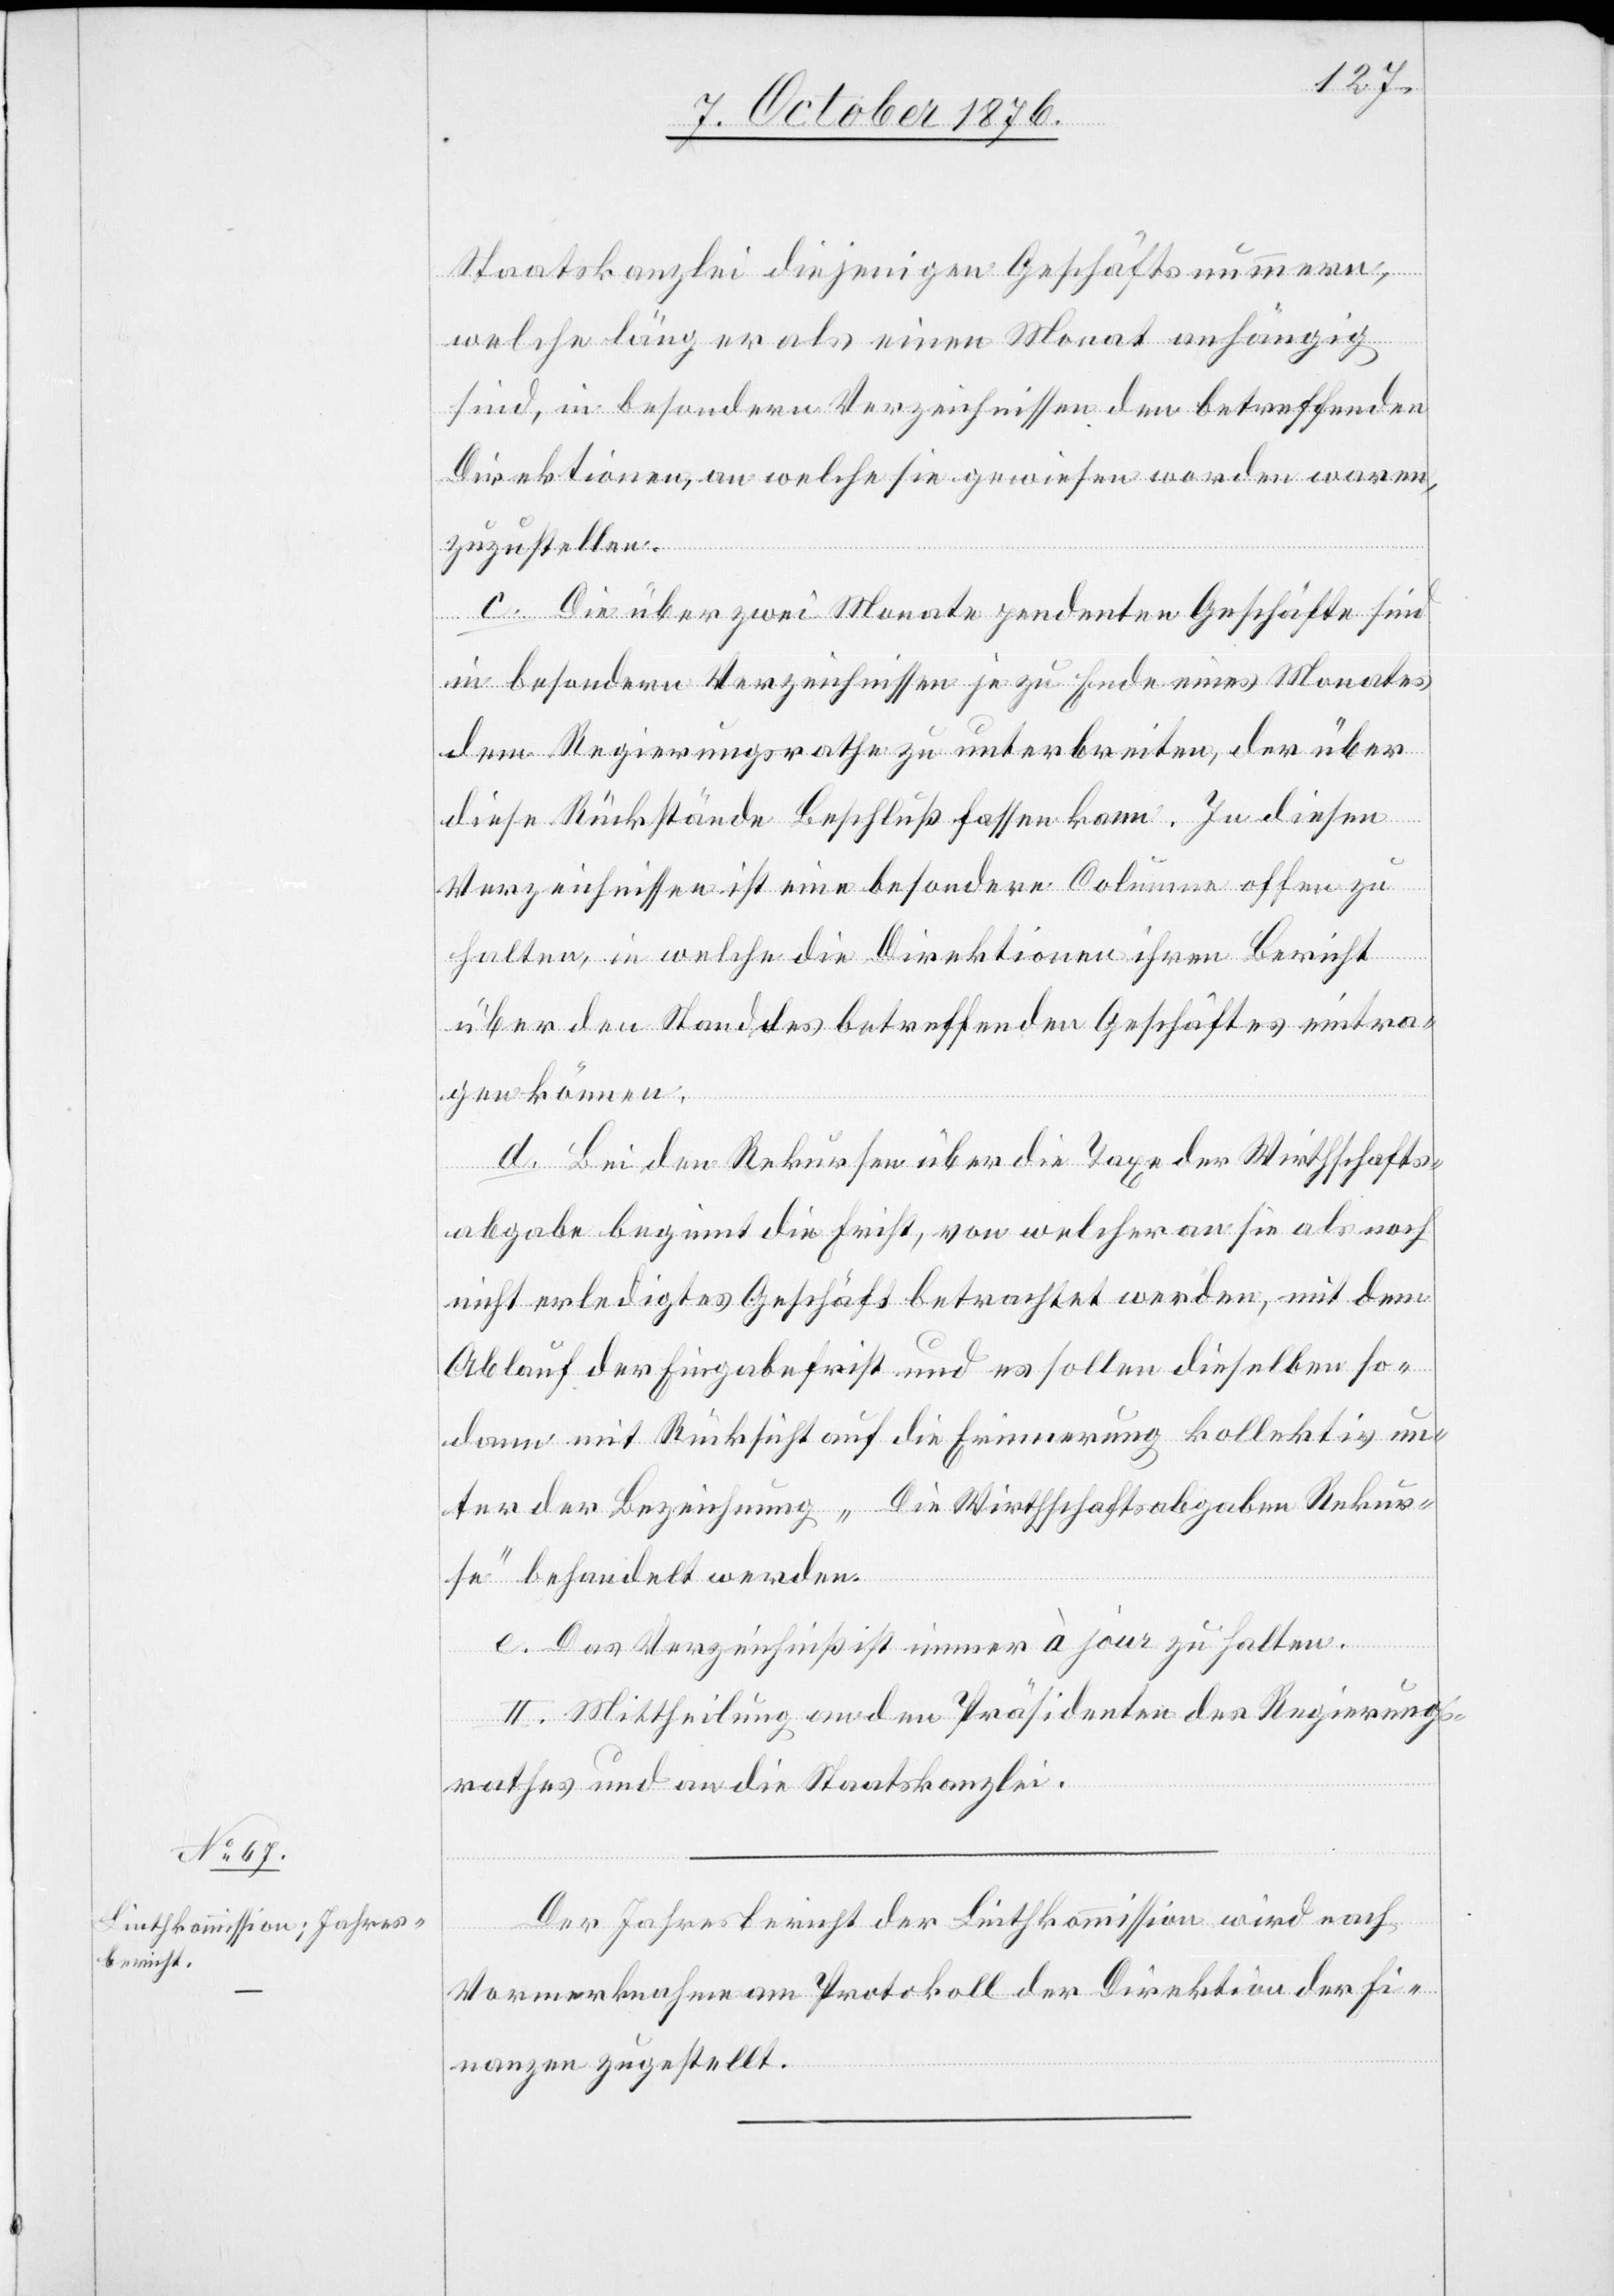
Staatskanzlei diejenigen Geschäftsnummern,
welche länger als einen Monat anhängig
sind, in besondern Verzeichnissen den betreffenden
Direktionen, an welche sie gewiesen worden waren,
zuzustellen.
c. Die über zwei Monate pendenten Geschäfte sind
in besondern Verzeichnissen je zu Ende eins Monates
dem Regierungsrathe zu unterbreiten, der über
diese Rückstände Beschluß fassen kann. In diesen
Verzeichnissen ist eine besondere Columne offen zu
halten, in welche die Direktionen ihren Bericht
über den Stand des betreffenden Geschäftes eintra¬
gen können.
d. Bei den Rekursen über die Taxe der Wirthschafts¬
abgabe beginnt die Frist, von welcher an sie als noch
nicht erledigtes Geschäft betrachtet werden, mit dem
Ablauf der Eingabefrist und es sollen dieselben so¬
dann mit Rücksicht auf die Erinnerung kollektiv un¬
ter der Bezeichnung „Die Wirtschaftsabgaben Rekur¬
se“ behandelt werden.
e. Das Verzeichniß ist immer à jour zu halten.
II. Mittheilung an den Präsidenten des Regierungs¬
rathes und an die Staatskanzlei.
Der Jahresbericht der Linthkommission wird nach
Vormerknahme am Protokoll der Direktion der Fi¬
nanzen zugestellt.